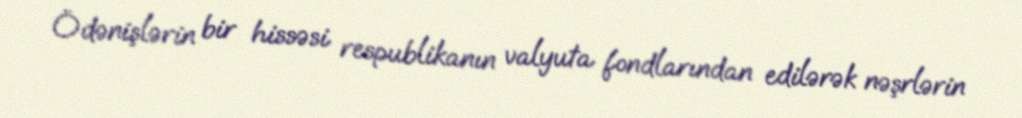
Ödənişlərin bir hissəsi respublikanın valyuta fondlarından edilərək nəşrlərin